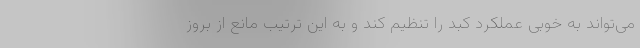
می‌تواند به ‌خوبی عملکرد کبد را تنظیم کند و به این ترتیب مانع از بروز